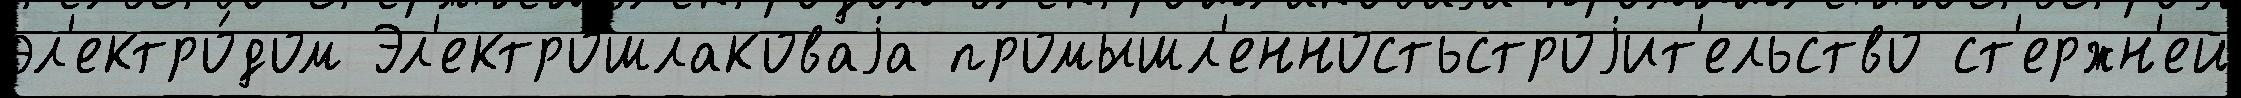
эл'ектро́дом Эл'ектрошлаковаjа промышл'енностьстроjит'ельство ст'ержн'ей